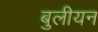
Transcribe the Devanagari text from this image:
बुलीयन